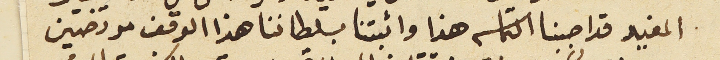
المفيد قد اجبنا التماسه هذا واثبتنا بسلطاننا هذا الوقف مرتضين